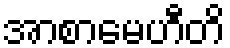
အာစာမေဟီတိ